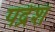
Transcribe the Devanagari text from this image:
पद्रेश